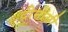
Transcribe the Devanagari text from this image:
दीनांसी